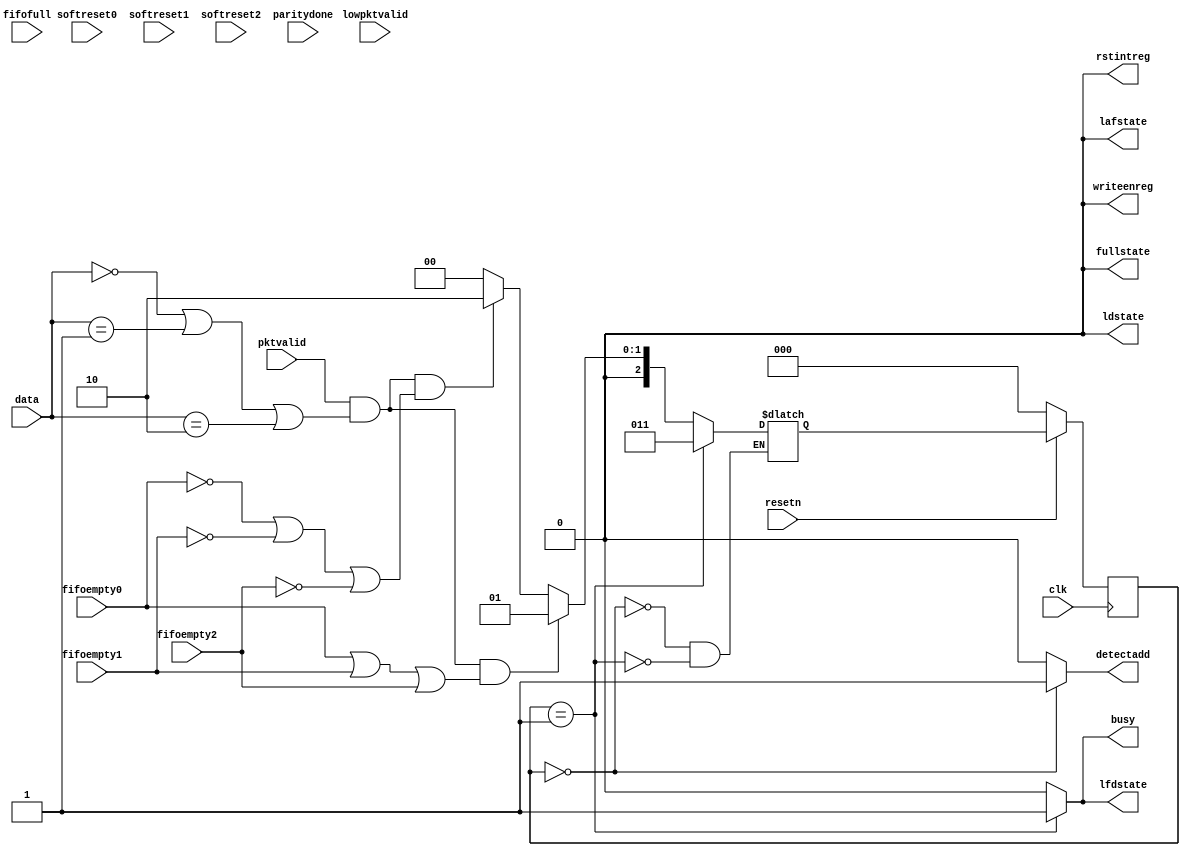
module fsm13( input clk,resetn,pktvalid,softreset0,softreset1,softreset2,
            input fifofull,fifoempty0,fifoempty1,fifoempty2,lowpktvalid,paritydone,
            input [1:0]data,
            output detectadd,ldstate,lafstate,fullstate,writeenreg,rstintreg,lfdstate,busy);
reg [2:0]state,nextstate;
parameter
dadress = 000,
lfirstdata   = 001,
waittillempty=010,
loaddata=011,
loadparity=100,
checkparity=101,
fifofullstate=110,
loadafterdata=111;
always@(posedge clk)
begin
if(!resetn)
state=dadress;
else
state=nextstate;
end
always@(*)
begin
case(state)
dadress : if ( pktvalid && (data[1:0]==2'b00 | data[1:0]==2'b01 | data[1:0]==2'b10) && (fifoempty0|fifoempty1|fifoempty2))
           nextstate <= lfirstdata;
          else if(pktvalid && (data[1:0]==2'b00 | data[1:0]==2'b01 |data[1:0]==2'b10) && ((!fifoempty0)|(!fifoempty1)|(!fifoempty2)))
           nextstate<=waittillempty;
           else
           nextstate<=dadress;
lfirstdata: nextstate<=loaddata;
waittillempty: if((fifoempty0) && (data[1:0]==2'b00) || (fifoempty1) && (data[1:0]==2'b00) || (fifoempty2) && (data[1:0]==2'b00))
              nextstate<=lfirstdata;
             else
              nextstate<=waittillempty;
loaddata: if((!fifofull) && (!pktvalid))
          nextstate<=loadparity;
           else if(fifofull)
           nextstate<=fifofullstate;
           else
           nextstate<=loaddata;
loadparity: nextstate<=checkparity;
checkparity: if (fifofull)
           nextstate<=fifofullstate;
           else
             nextstate<=dadress;
fifofullstate: if(!fifofull)
              nextstate<=loadafterdata;
              else
                nextstate<=fifofullstate;
loadafterdata: if((!paritydone) && (!lowpktvalid))
                 nextstate<=loaddata;
                 else if ((!paritydone) && (lowpktvalid))
                 nextstate<=loadparity;
                 else
                 nextstate<=dadress;
endcase
end
assign detectadd=(state==dadress)? 1'b1 :1'b0;
assign ldstate=(state==loaddata)?1'b1 : 1'b0;
assign lfdstate=(state==lfirstdata)?1'b1:1'b0;
assign lafstate=(state==loadafterdata)?1'b1:1'b0;
assign rstintreg=(state==checkparity)?1'b1:1'b0;
assign fullstate=(state==fifofullstate)?1'b1:1'b0;
assign writeenreg=((state==loaddata)||(state==loadparity)||(state==loadafterdata))?1'b1:1'b0;
assign rstintreg=((state==checkparity))?1'b1:1'b0;
assign busy = ((state==lfirstdata)||(state==loadparity)||(state==fifofullstate)||(state==loadafterdata)||(state==waittillempty)||(state==checkparity))?1'b1:1'b0;
endmodule